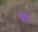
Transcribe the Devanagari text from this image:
चक्क्री